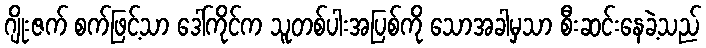
ဂျိုးဇက် စက်ဖြင့်သာ ဒေါ်ကိုင်က သူတစ်ပါးအပြစ်ကို သောအခါမှသာ စီးဆင်းနေခဲ့သည်